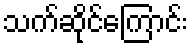
သက်ဆိုင်ကြောင်း